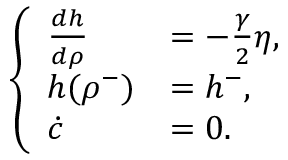
\begin{array} { r } { \left\{ \begin{array} { l l } { \frac { d h } { d \rho } } & { = - \frac { \gamma } { 2 } \eta , } \\ { h ( \rho ^ { - } ) } & { = h ^ { - } , } \\ { \dot { c } } & { = 0 . } \end{array} \right. } \end{array}